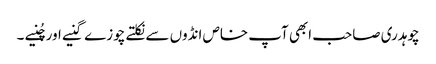
چوہدری صاحب ابھی آپ خاص انڈوں سے نکلتے چوزے گنیے اور چُنیے ۔